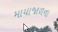
માયાજાળના